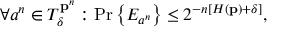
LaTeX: \forall a ^ { n } \in T _ { \delta } ^ { \mathbf { p } ^ { n } } : \operatorname* { P r } \left\{ E _ { a ^ { n } } \right\} \leq 2 ^ { - n \left[ H \left( \mathbf { p } \right) + \delta \right] } ,